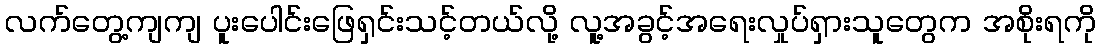
လက်တွေ့ကျကျ ပူးပေါင်းဖြေရှင်းသင့်တယ်လို့ လူ့အခွင့်အရေးလှုပ်ရှားသူတွေက အစိုးရကို